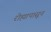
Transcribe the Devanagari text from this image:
रोह्यापासून